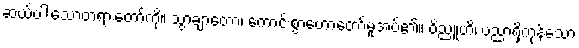
ဆယ်ပါးသောတရားတော်ကို။ သွာချာတော၊ ကောင်းစွာဟောတော်မူအပ်၏။ ဝိညူဟိ၊ ပညာရှိကုန်သော